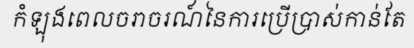
កំឡុងពេលចរាចរណ៍នៃការប្រើប្រាស់កាន់តែ